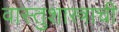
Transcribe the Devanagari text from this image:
वास्तुशास्त्राची